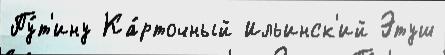
Пу́т'ину Ка́рточный Ильинск'ий Этуш